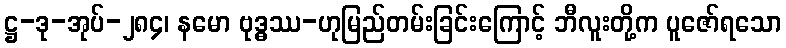
ဋ္ဌ-ဒု-အုပ်-၂၈၄၊ နမော ဗုဒ္ဓဿ-ဟုမြည်တမ်းခြင်းကြောင့် ဘီလူးတို့က ပူဇော်ရသော